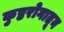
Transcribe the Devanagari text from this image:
कुष्ठरोगातून